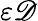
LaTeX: \varepsilon\mathscr{D}